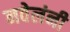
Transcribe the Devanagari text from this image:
नवेलंनी